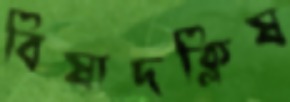
বিষাদক্লিষ